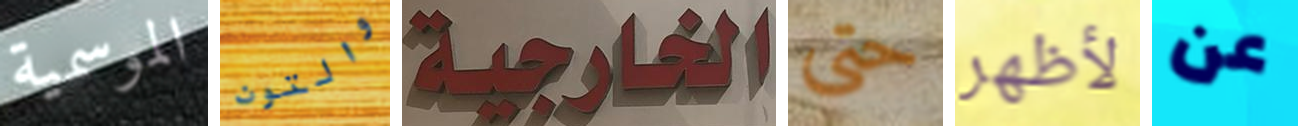
الموسمية والتون الخارجية حتى لأظهر عن